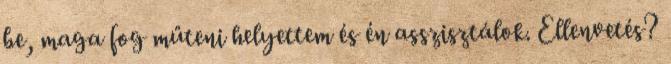
be, maga fog műteni helyettem és én asszisztálok. Ellenvetés?